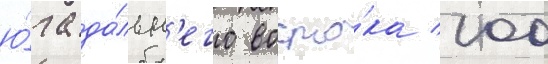
ю́га да́льн'его восто́ка 100